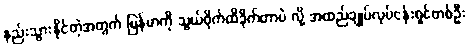
နည်းသွားနိုင်တဲ့အတွက် မြန်မာကို သွယ်ဝိုက်ထိခိုက်တာပဲ လို့ အထည်ချုပ်လုပ်ငန်းရှင်တစ်ဦး